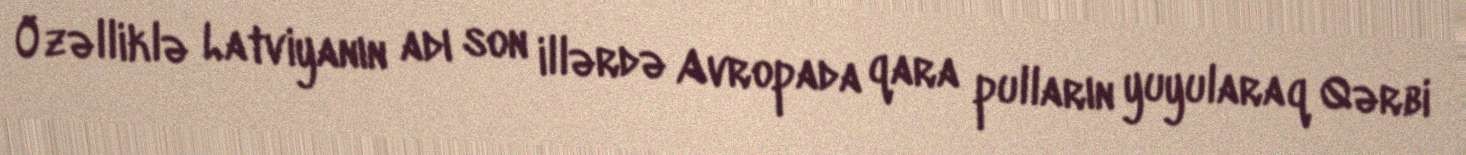
Özəlliklə Latviyanın adı son illərdə Avropada qara pulların yuyularaq Qərbi